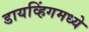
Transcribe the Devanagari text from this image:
डायव्हिंगमध्ये